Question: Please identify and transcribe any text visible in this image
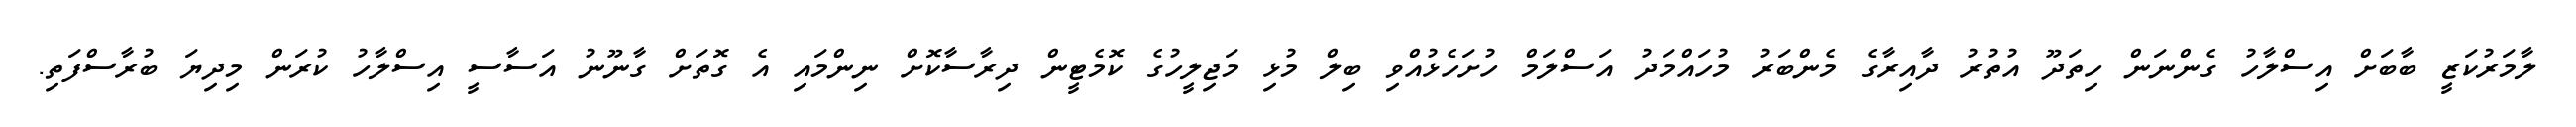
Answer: ލާމަރުކަޒީ ބާބަށް އިސްލާހު ގެންނަން ހިތަދޫ އުތުރު ދާއިރާގެ މެންބަރު މުހައްމަދު އަސްލަމް ހުށަހެޅުއްވި ބިލް މުޅި މަޖިލީހުގެ ކޮމެޓީން ދިރާސާކޮށް ނިންމައި އެ ގޮތަށް ގާނޫނު އަސާސީ އިސްލާހު ކުރަން މިދިޔަ ބުރާސްފަތި.